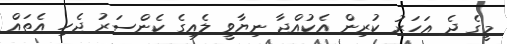
މީގެ ދެ އަހަރު ކުރިން އެކުއްޖާ ނިޔާވީ ލެއިގެ ކެންސަރު ޖެހި އެތައް